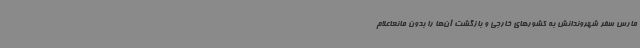
مارس سفر شهروندانش به کشورهای خارجی و بازگشت آن‌ها را بدون مانعاعلام